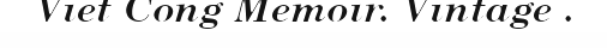
Viet Cong Memoir. Vintage .